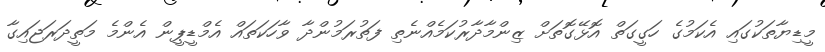
މީޑިޔާތަކުގައި އެކަމުގެ ހަގީގަތް އޮޅޭގޮތަށް ޒިންމާދާރުކަމެއްނެތި ފަތުރަމުންދާ ވާހަކަތައް އެމްޑީޕީން އެންމެ މަތީދަރަޖައިގާ